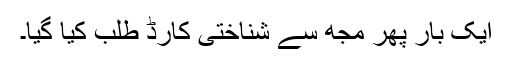
ایک بار پھر مجھ سے شناختی کارڈ طلب کیا گیا۔